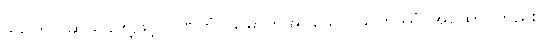
ဒသဟိ- ဆယ်ခုတို့ဖြင့်၊ ဂုဏိတံ- မြှောက်အပ်သော၊ သဟဿံ-အထောင်တည်း၊